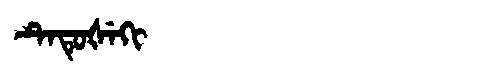
Manchu: ᡨᡝᡨᡠᡧᡝᡴᡳ
Romanization: TETUŠEKI